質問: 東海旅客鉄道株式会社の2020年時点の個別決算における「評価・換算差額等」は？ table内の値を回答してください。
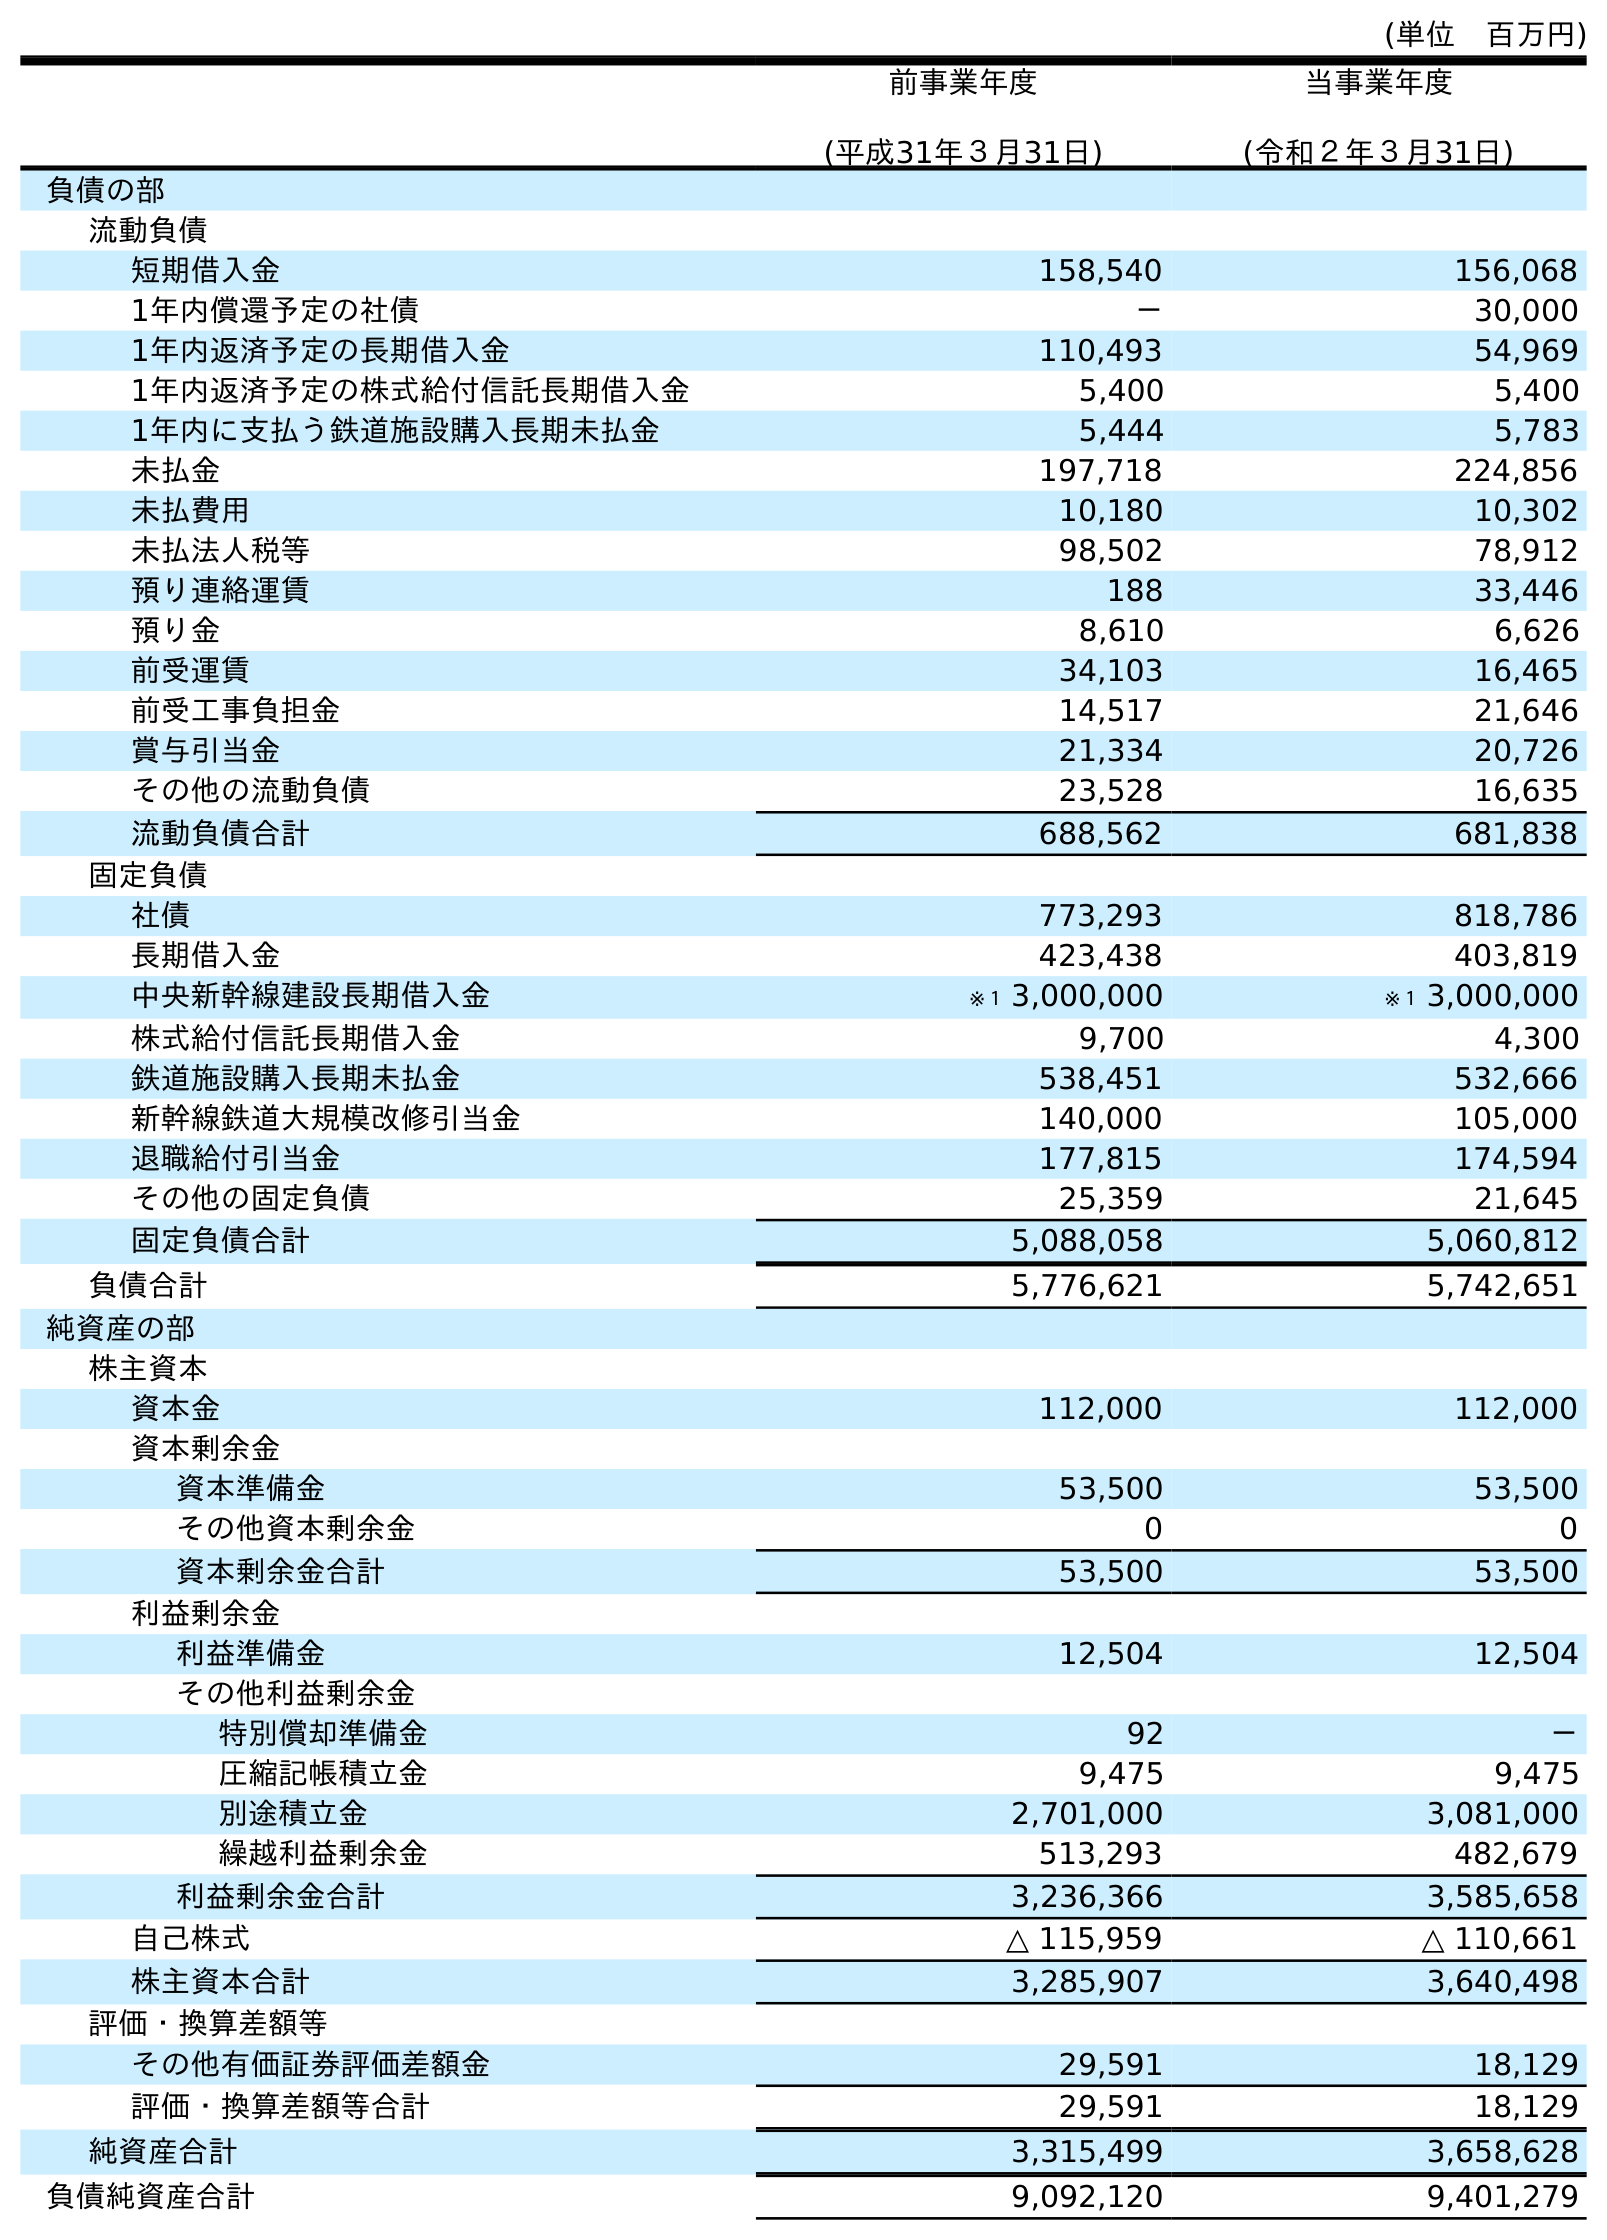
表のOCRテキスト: (単位 百万円) 前事業年度 (平成31年３月31日) 当事業年度 (令和２年３月31日) 負債の部 流動負債 短期借入金 158,540 156,068 1年内償還予定の社債 － 30,000 1年内返済予定の長期借入金 110,493 54,969 1年内返済予定の株式給付信託長期借入金 5,400 5,400 1年内に支払う鉄道施設購入長期未払金 5,444 5,783 未払金 197,718 224,856 未払費用 10,180 10,302 未払法人税等 98,502 78,912 預り連絡運賃 188 33,446 預り金 8,610 6,626 前受運賃 34,103 16,465 前受工事負担金 14,517 21,646 賞与引当金 21,334 20,726 その他の流動負債 23,528 16,635 流動負債合計 688,562 681,838 固定負債 社債 773,293 818,786 長期借入金 423,438 403,819 中央新幹線建設長期借入金 ※１ 3,000,000 ※１ 3,000,000 株式給付信託長期借入金 9,700 4,300 鉄道施設購入長期未払金 538,451 532,666 新幹線鉄道大規模改修引当金 140,000 105,000 退職給付引当金 177,815 174,594 その他の固定負債 25,359 21,645 固定負債合計 5,088,058 5,060,812 負債合計 5,776,621 5,742,651 純資産の部 株主資本 資本金 112,000 112,000 資本剰余金 資本準備金 53,500 53,500 その他資本剰余金 0 0 資本剰余金合計 53,500 53,500 利益剰余金 利益準備金 12,504 12,504 その他利益剰余金 特別償却準備金 92 － 圧縮記帳積立金 9,475 9,475 別途積立金 2,701,000 3,081,000 繰越利益剰余金 513,293 482,679 利益剰余金合計 3,236,366 3,585,658 自己株式 △ 115,959 △ 110,661 株主資本合計 3,285,907 3,640,498 評価・換算差額等 その他有価証券評価差額金 29,591 18,129 評価・換算差額等合計 29,591 18,129 純資産合計 3,315,499 3,658,628 負債純資産合計 9,092,120 9,401,279
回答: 18,129